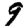
Digit: 9